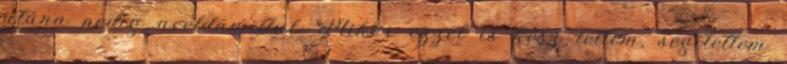
utána pedig acéldamillal. Mikor ezzel is kész lettem, segítettem